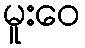
မူးဝေ